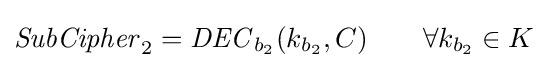
{\mathit {SubCipher}}_{2}={\mathit {DEC}}_{b_{2}}(k_{b_{2}},C)\qquad \forall k_{b_{2}}\in K